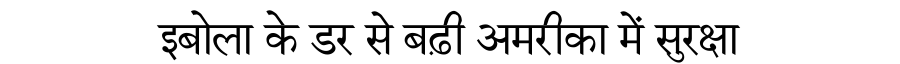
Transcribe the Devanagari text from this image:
इबोला के डर से बढ़ी अमरीका में सुरक्षा